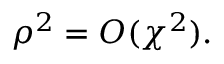
\rho ^ { 2 } = O ( \chi ^ { 2 } ) .